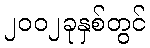
၂၀၀၂ခုနှစ်တွင်